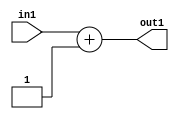
`timescale 1ps / 1ps
/*****************************************************************************
    Verilog RTL Description
    
    
    Created by: Stratus DpOpt 2019.1.01 
*******************************************************************************/

module DC_Filter_Add2i1u12_4 (
	in1,
	out1
	); /* architecture "behavioural" */ 
input [11:0] in1;
output [11:0] out1;
wire [11:0] asc001;

assign asc001 = 
	+(in1)
	+(12'B000000000001);

assign out1 = asc001;
endmodule

/* CADENCE  ubD1Swk= : u9/ySgnWtBlWxVPRXgAZ4Og= ** DO NOT EDIT THIS LINE ******/